Scottish Leaving Certificate Examination, 1955
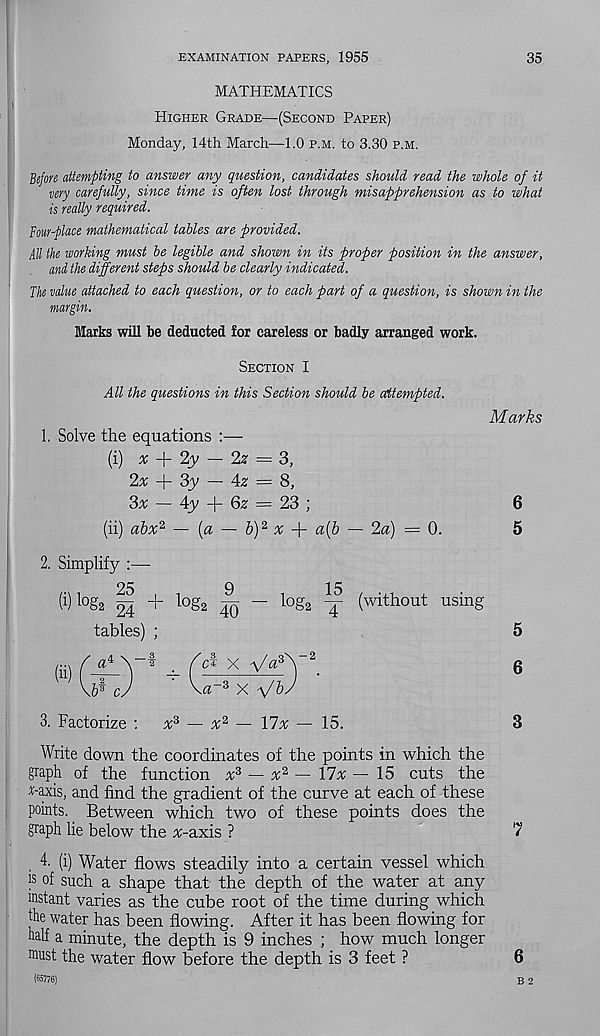
EXAMINATION PAPERS, 1955
35
MATHEMATICS
Higher Grade—(Second Paper)
Monday, 14th March—1.0 p.m. to 3.30 p.m.
Before attempting to answer any question, candidates should read the whole of it
very carefully, since time is often lost through misapprehension as to what
is really required.
Four-place mathematical tables are provided.
All the working must be legible and shown in its proper position in the answer,
and the different steps should be clearly indicated.
The value attached to each question, or to each part of a question, is shown in the
margin.
Marks will be deducted for careless or badly arranged work.
Section I
All the questions in this Section should be attempted.
1. Solve the equations :—
(i) # + 2y — 23' = 3,
2x + 3y — 4z = 8,
3x — Ay
Qz = 23 )
(ii) abx 2 — (a — 5) 2 # + a{b — 2a) = 0.
2. Simplify :—
25
9
15
24 + lo S2 40 - log2 T ( without using
tables) ;
/" a 4
ci x V^V 2
W cJ
\a- 3 X VbJ
5
6
Marks
6
5
3. Factorize :
x* — x* — Ylx — 15.
3
Write down the coordinates of the points in which the
graph of the function % 3 — % 2 — 17a: — 15 cuts the
£-axis, and find the gradient of the curve at each of these
points. Between which two of these points does the
graph lie below the :r-axis ?
7
4. (i) Water flows steadily into a certain vessel which
I s °f such a shape that the depth of the water at any
instant varies as the cube root of the time during which
the water has been flowing. After it has been flowing for
half a minute, the depth is 9 inches ; how much longer
must the water flow before the depth is 3 feet ?
(65776)
6
B 2